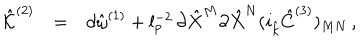
\begin{array} { r c l } { { { \hat { \cal K } } ^ { ( 2 ) } } } & { { = } } & { { d { \hat { \omega } } ^ { ( 1 ) } + l _ { p } ^ { - 2 } \, \partial { \hat { X } } ^ { M } \partial { \hat { X } } ^ { N } ( i _ { \hat { k } } { \hat { C } } ^ { ( 3 ) } ) _ { M N } \, , } } \\ \end{array}